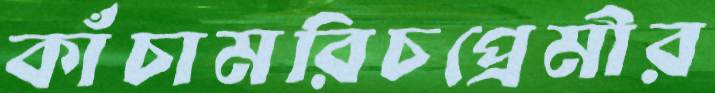
কাঁচামরিচপ্রেমীর